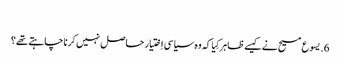
‏
6.‏ یسوع مسیح نے کیسے ظاہر کِیا کہ وہ سیاسی اِختیار حاصل نہیں کرنا چاہتے تھے؟